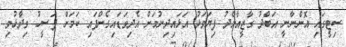
ސިޓީގައި އޮންނާނީ އަބްދު ގާޒީއާމެދު ފިޔަވަޅު އަޅައިދިނުމަށް އެދިވަޑައިގެންފައި ކަމަށް ފަސީހު ވިދާޅުވި